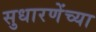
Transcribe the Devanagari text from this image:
सुधारणेंच्या